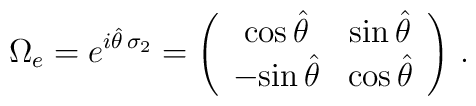
\Omega_e = e^{i\hat\theta\,\sigma_2} =\left( \begin{array}{cc} {\rm cos}\, \hat\theta& {\rm sin}\, \hat\theta\\-{\rm sin}\, \hat\theta& {\rm cos}\, \hat\theta \end{array} \right)\, .